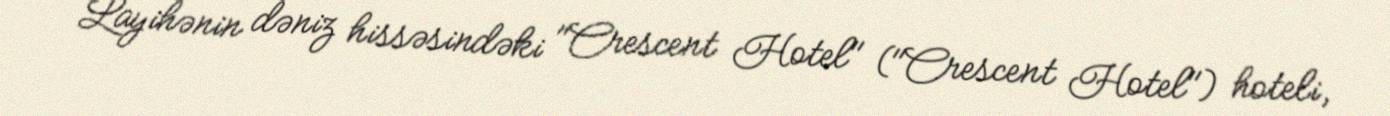
Layihənin dəniz hissəsindəki "Crescent Hotel" ("Crescent Hotel") hoteli,